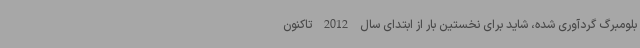
بلومبرگ گردآوری شده، شاید برای نخستین بار از ابتدای سال 2012 تاکنون